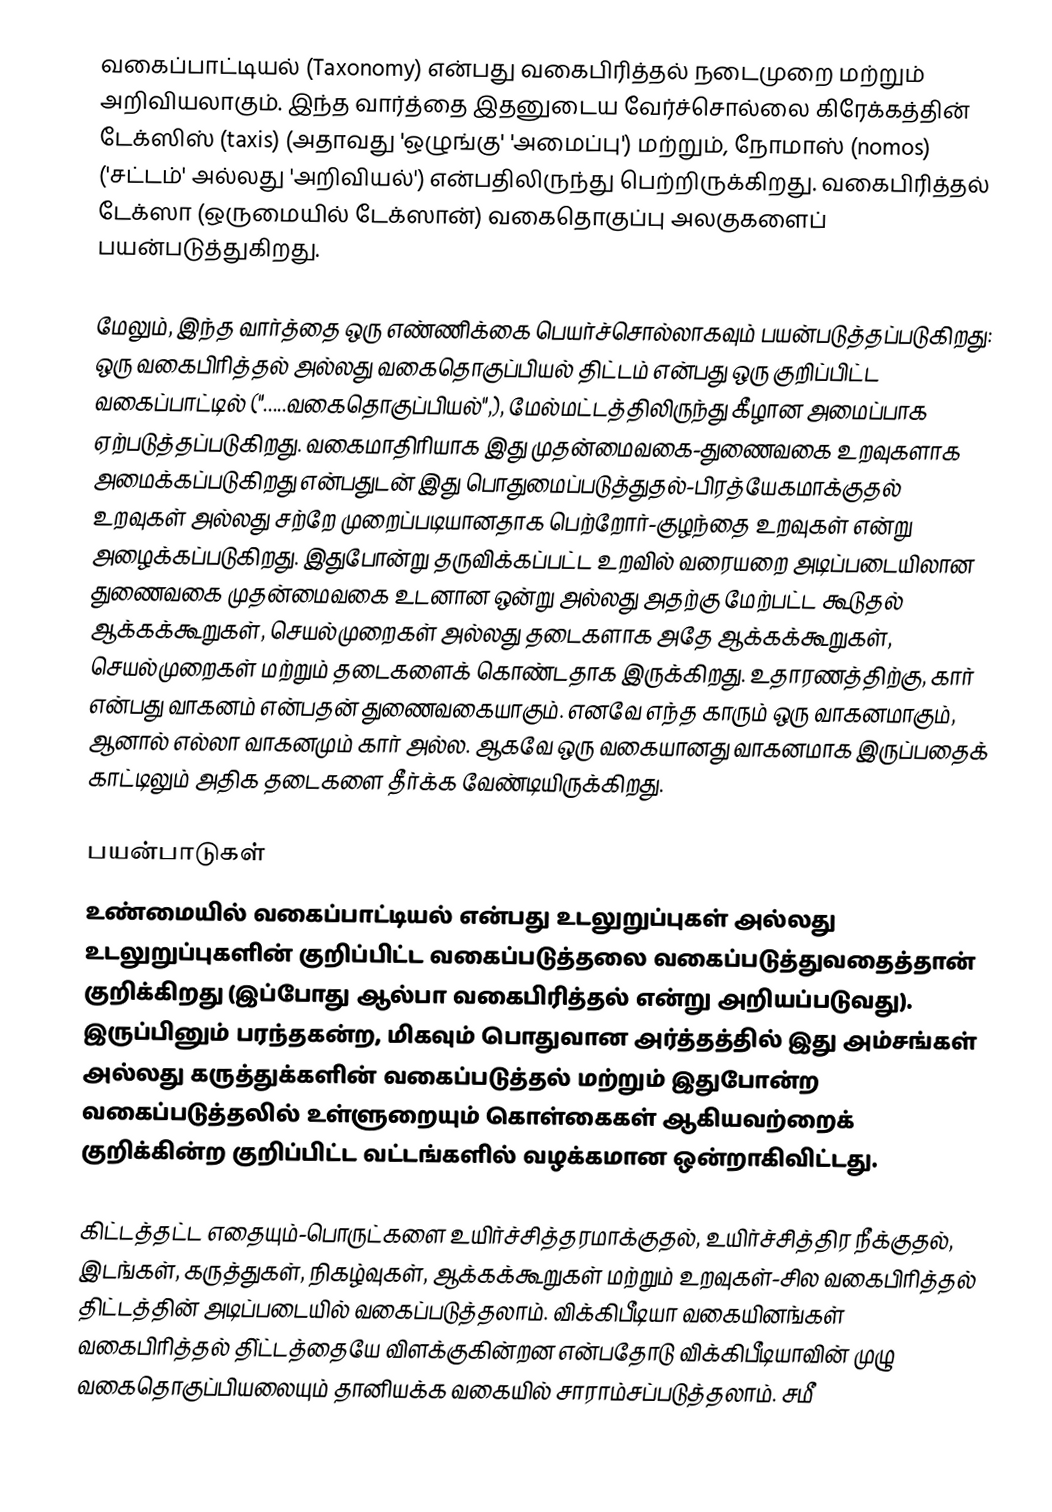
வகைப்பாட்டியல் (Taxonomy) என்பது வகைபிரித்தல் நடைமுறை மற்றும் அறிவியலாகும். இந்த வார்த்தை இதனுடைய வேர்ச்சொல்லை கிரேக்கத்தின் டேக்ஸிஸ் (taxis) (அதாவது 'ஒழுங்கு' 'அமைப்பு') மற்றும், நோமாஸ் (nomos) ('சட்டம்' அல்லது 'அறிவியல்') என்பதிலிருந்து பெற்றிருக்கிறது. வகைபிரித்தல் டேக்ஸா (ஒருமையில் டேக்ஸான்) வகைதொகுப்பு அலகுகளைப் பயன்படுத்துகிறது.

மேலும், இந்த வார்த்தை ஒரு எண்ணிக்கை பெயர்ச்சொல்லாகவும் பயன்படுத்தப்படுகிறது: ஒரு வகைபிரித்தல் அல்லது வகைதொகுப்பியல் திட்டம் என்பது ஒரு குறிப்பிட்ட வகைப்பாட்டில் (".....வகைதொகுப்பியல்",), மேல்மட்டத்திலிருந்து கீழான அமைப்பாக ஏற்படுத்தப்படுகிறது. வகைமாதிரியாக இது முதன்மைவகை-துணைவகை உறவுகளாக அமைக்கப்படுகிறது என்பதுடன் இது பொதுமைப்படுத்துதல்-பிரத்யேகமாக்குதல் உறவுகள் அல்லது சற்றே முறைப்படியானதாக பெற்றோர்-குழந்தை உறவுகள் என்று அழைக்கப்படுகிறது. இதுபோன்று தருவிக்கப்பட்ட உறவில் வரையறை அடிப்படையிலான துணைவகை முதன்மைவகை உடனான ஒன்று அல்லது அதற்கு மேற்பட்ட கூடுதல் ஆக்கக்கூறுகள், செயல்முறைகள் அல்லது தடைகளாக அதே ஆக்கக்கூறுகள், செயல்முறைகள் மற்றும் தடைகளைக் கொண்டதாக இருக்கிறது. உதாரணத்திற்கு, கார் என்பது வாகனம் என்பதன் துணைவகையாகும். எனவே எந்த காரும் ஒரு வாகனமாகும், ஆனால் எல்லா வாகனமும் கார் அல்ல. ஆகவே ஒரு வகையானது வாகனமாக இருப்பதைக் காட்டிலும் அதிக தடைகளை தீர்க்க வேண்டியிருக்கிறது.

பயன்பாடுகள்
உண்மையில் வகைப்பாட்டியல் என்பது உடலுறுப்புகள் அல்லது உடலுறுப்புகளின் குறிப்பிட்ட வகைப்படுத்தலை வகைப்படுத்துவதைத்தான் குறிக்கிறது (இப்போது ஆல்பா வகைபிரித்தல் என்று அறியப்படுவது). இருப்பினும் பரந்தகன்ற, மிகவும் பொதுவான அர்த்தத்தில் இது அம்சங்கள் அல்லது கருத்துக்களின் வகைப்படுத்தல் மற்றும் இதுபோன்ற வகைப்படுத்தலில் உள்ளுறையும் கொள்கைகள் ஆகியவற்றைக் குறிக்கின்ற குறிப்பிட்ட வட்டங்களில் வழக்கமான  ஒன்றாகிவிட்டது.

கிட்டத்தட்ட எதையும்-பொருட்களை உயிர்ச்சித்தரமாக்குதல், உயிர்ச்சித்திர நீக்குதல், இடங்கள், கருத்துகள், நிகழ்வுகள், ஆக்கக்கூறுகள் மற்றும் உறவுகள்-சில வகைபிரித்தல் திட்டத்தின் அடிப்படையில் வகைப்படுத்தலாம். விக்கிபீடியா வகையினங்கள் வகைபிரித்தல் தி்ட்டத்தையே விளக்குகின்றன என்பதோடு விக்கிபீடியாவின் முழு வகைதொகுப்பியலையும் தானியக்க வகையில் சாராம்சப்படுத்தலாம். சமீ